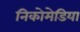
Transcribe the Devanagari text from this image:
निकोमेडिया